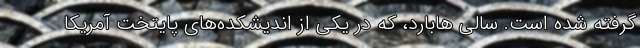
گرفته شده است. سالی هابارد، که در یکی از اندیشکده‌های پایتخت آمریکا